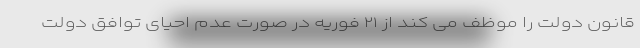
قانون دولت را موظف می کند از ۲۱ فوریه در صورت عدم احیای توافق دولت